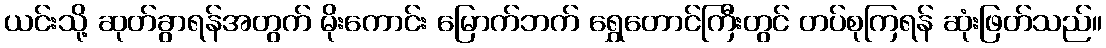
ယင်းသို့ ဆုတ်ခွာရန်အတွက် မိုးကောင်း မြောက်ဘက် ရွှေတောင်ကြီးတွင် တပ်စုကြရန် ဆုံးဖြတ်သည်။